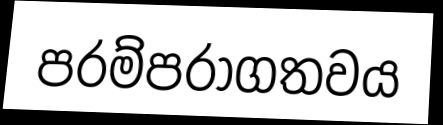
පරම්පරාගතවය